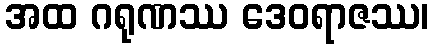
အထ ဂရုဏဿ ဒေဝရာဇဿ၊